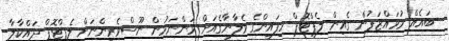
ބައެއް މުވައްޒަފުން ގެއިން ލެޕްޓޮޕް ހިފައިންގެ ވެލާނާގެއަށް ވަންނަމުން ނޫސްވެރިންނަށް ލެޕްޓޮޕް ދައްކާލާ